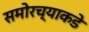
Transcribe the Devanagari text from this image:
समोरच्याकडे